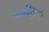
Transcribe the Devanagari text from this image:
नलवियुक्ती